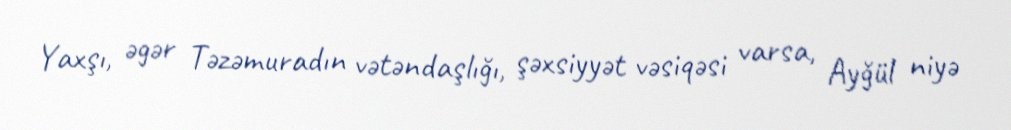
Yaxşı, əgər Təzəmuradın vətəndaşlığı, şəxsiyyət vəsiqəsi varsa, Ayğül niyə